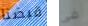
قبضنا فى